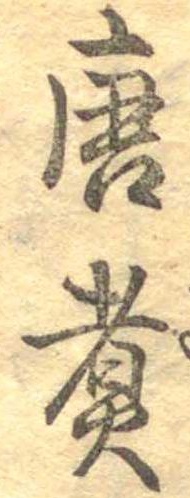
唐煮